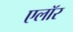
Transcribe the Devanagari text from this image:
एलॉर